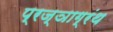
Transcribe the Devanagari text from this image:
प्रज्ञाग्रंथ